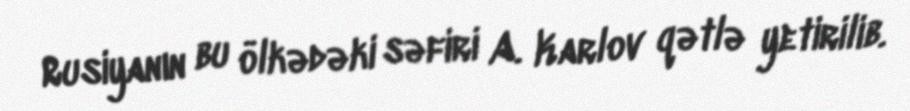
Rusiyanın bu ölkədəki səfiri A. Karlov qətlə yetirilib.